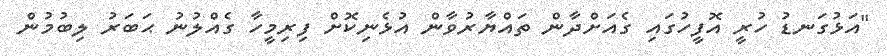
"އަޅުގަނޑު ހުރީ އޮފީހުގައި ގެއަށްދާން ތައްޔާރުވާން އުޅެނިކޮށް ފިރިމީހާ ގެއްލުނު ޙަބަރު ލިބުމުން